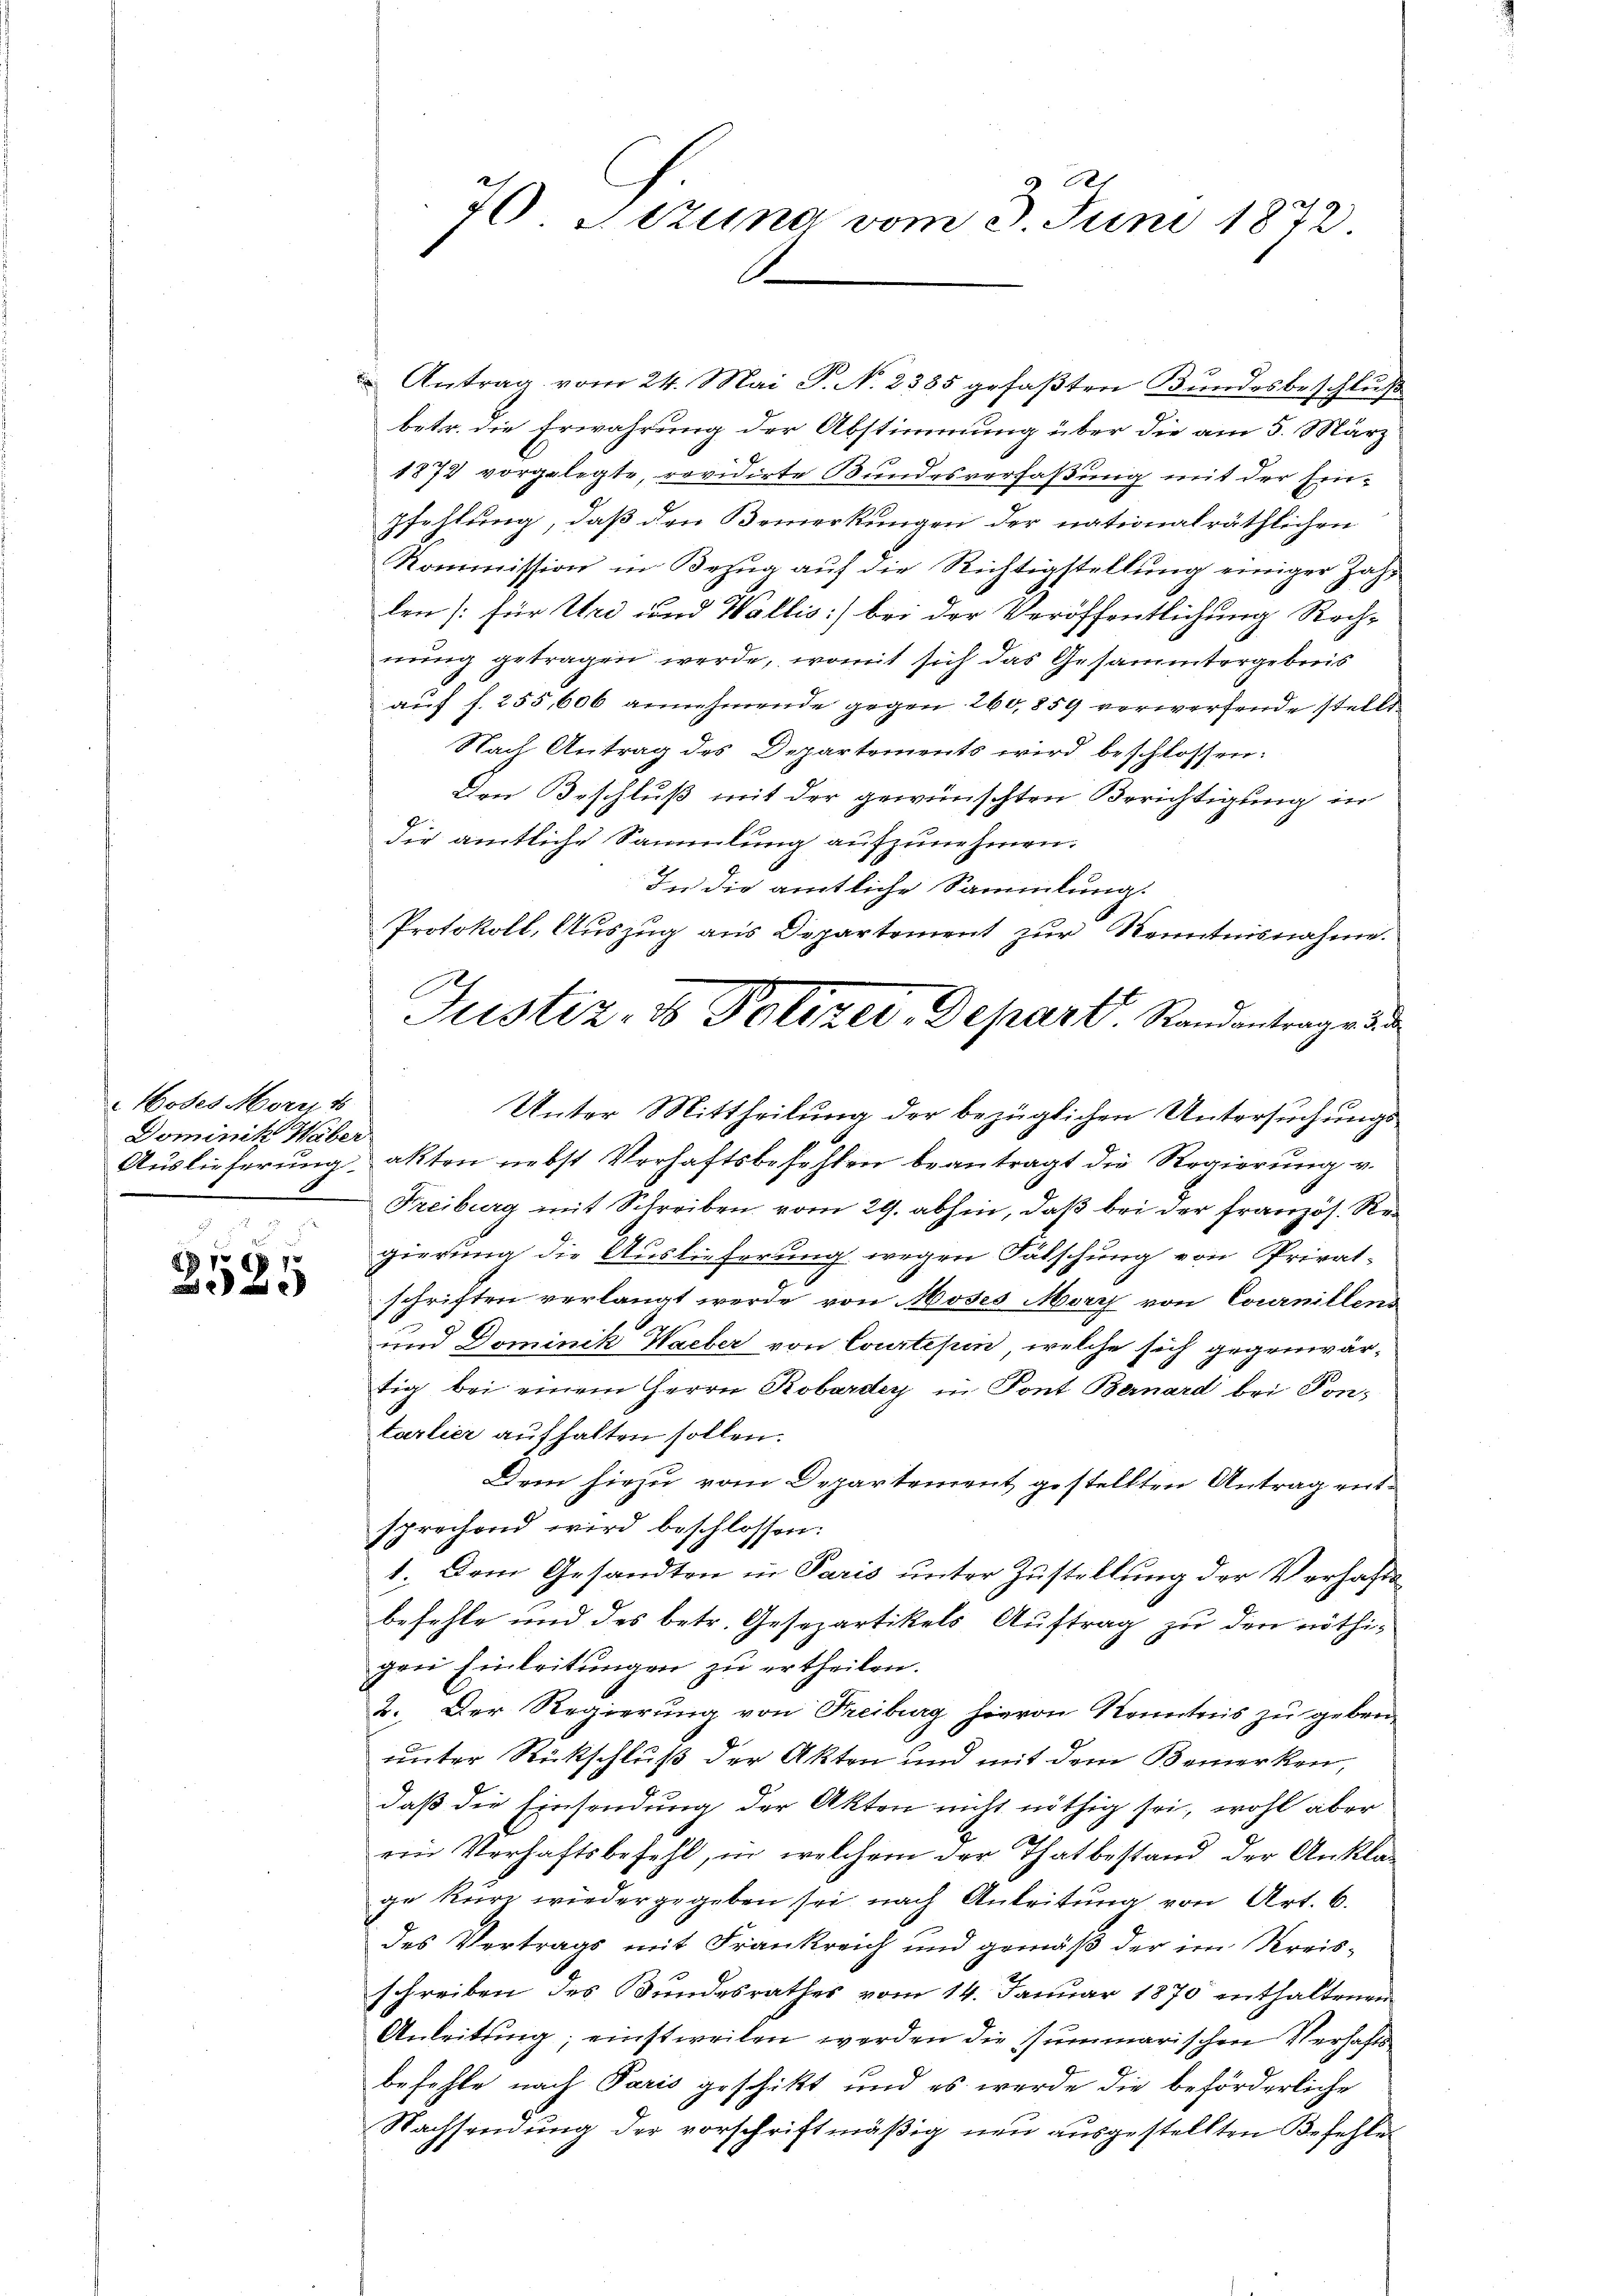
Moses Morit
Dominik Haber
Auslieferung.
.

L 161
x

70 Sitzung vom 3. Juni 1872

Antrag vom 24. Mai S. N. 2385 gefaßten Bundesbeschluß
betr. die Erwahrung der Abstimmung über die am 5. März
1879 vorgelegte, revidirte Bundesverfaßung mit der Ein¬
Pfehlung, daß den Bemerkungen der nationalräthlichen
Kommission in Bezug auf die Richtigstellung einiger Zahlen [für Uri und Wallis) bei der Veröffentlichung Rech-
nung getragen werde, womit sich das Gesammtergebreis
auf f. 255, 606 annehmende gegen 260, 859 verwerfende stell
Nach Antrag des Departements wird beschlossen:
Den Beschluß mit der gewünschten Berichtigung in
die amtliche Sammlung aufzunehmen.
In die amtliche Sammlung.
Protokoll, Auszug aus Departement zur Kenntnisnahme.
Unter Mittheilung der bezüglichen Untersuchungs
akten nebst Verhaftsbefehlen beantragt die Regierung v.
Freiburg mit Schreiben vom 29. abhin, daß bei der französ. Regierung die Auslieferung wegen Fälschung von Privat-
2
schriften verlangt werde von Moses Merz von Cournillens
und Dominik Waeber von Courtepin, welche sich gegenwär-
tig bei einem Herrn Robarder in Pont Bernard bei Pon-
tarlier aufhalten sollen.
Dem hiezu vom Departement gestellten Antrag entsprechend wird beschlossen:
1. Dem Gesandten in Paris unter Zustellung der Verhaftsbefehle und des betr. Gesepartikels Auftrag zu den nöthigen Einleitungen zu ertheilen.
2. Der Regierung von Freiburg hievon Kenntnis zu geben
unter Rückschluß der Akten und mit dem Bemerken,
daß die Einsendung der Akten nicht nöthig sei, wohl aber
ein Verhaftsbefehl, in welchem der Thatbestand der Anklage kurz wiedergegeben sei, nach Anleitung von Art. 6.
des Vertrags mit Frankreich und gemäß der im Kreis-
schreiben des Bundesrathes vom 14. Januar 1870 enthaltenen
Anleitung; einstweilen werden die Summarischen Verhaftsbefohle nach Paris geschikt und es werde die beförderliche
Nachsendung der vorschriftmäßig neu ausgestellten Befehle

Justiz- & Polizei, Depart. Randantrage de